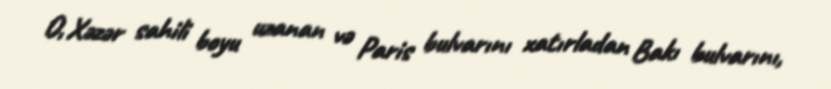
O, Xəzər sahili boyu uzanan və Paris bulvarını xatırladan Bakı bulvarını,